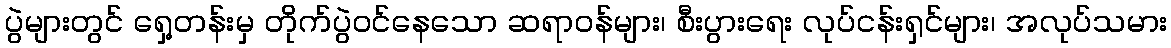
ပွဲများတွင် ရှေ့တန်းမှ တိုက်ပွဲဝင်နေသော ဆရာဝန်များ၊ စီးပွားရေး လုပ်ငန်းရှင်များ၊ အလုပ်သမား